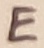
Text: E